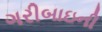
ગરીબાઇની